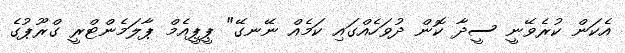
އެކަން ކުރެވޭނީ ސީދާ ކޮން ދުވަހެއްގައި ކަމެއް ނޭނގޭ" ޕީޕީއެމް ޕާލަމެންޓްރީ ގްރޫޕުގެ